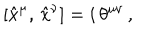
LaTeX: \left[ \hat { x } ^ { \mu } , \, \hat { x } ^ { \nu } \right] = i \, \theta ^ { \mu \nu } \, ,